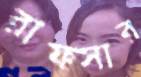
রাফসার